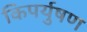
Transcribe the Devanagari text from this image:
किपर्युषण